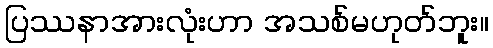
ပြဿနာအားလုံးဟာ အသစ်မဟုတ်ဘူး။